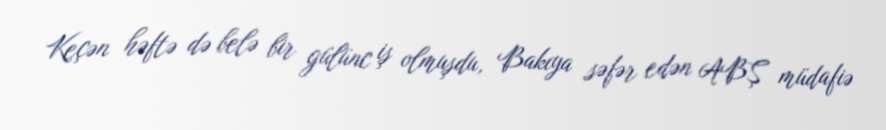
Keçən həftə də belə bir gülünc iş olmuşdu, Bakıya səfər edən ABŞ müdafiə